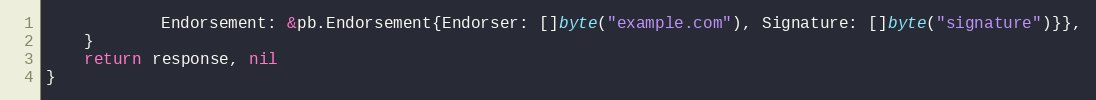
Language: Go
			Endorsement: &pb.Endorsement{Endorser: []byte("example.com"), Signature: []byte("signature")}},
	}
	return response, nil
}